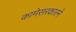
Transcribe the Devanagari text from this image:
कामेसरकारने